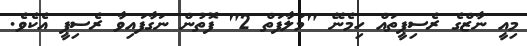
މިއީ ނާޒްގެ ރެސިޕީތައް ހިމެނޭ "މަލާފަތް 2" ފޮތުން ނަގާފައިވާ ރެސިޕީ އެކެވެ.